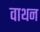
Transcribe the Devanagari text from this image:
वाथन